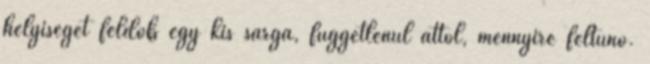
helyiséget feldob egy kis sárga, függetlenül attól, mennyire feltűnő.